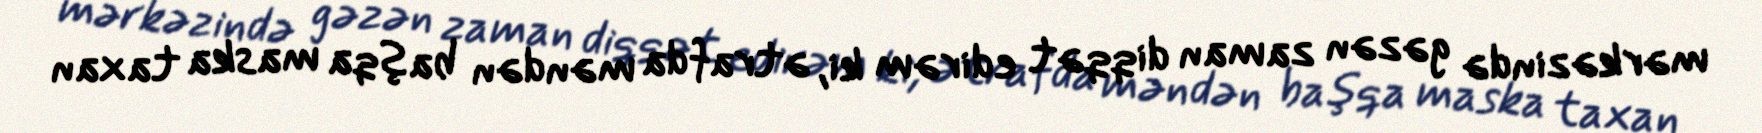
mərkəzində gəzən zaman diqqət edirəm ki, ətrafda məndən başqa maska taxan